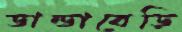
ডান্ডাবেড়ি